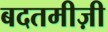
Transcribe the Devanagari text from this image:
बदतमीज़ी